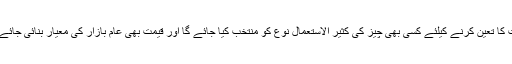
قیمت کا تعین کرنے کیلئے کسی بھی چیز کی کثیر الاستعمال نوع کو منتخب کیا جائے گا اور قیمت بھی عام بازار کی معیار بنائی جائے گی۔